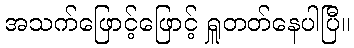
အသက်ဖြောင့်ဖြောင့် ရှူတတ်နေပါပြီ။